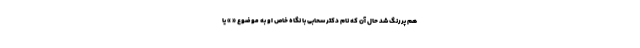
هم پررنگ شد حال آن که نام دکتر سحابی با نگاه خاص او به موضوع « » یا